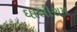
ઘાશીરામ